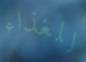
للغذاء